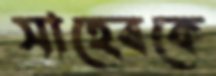
সাহেবকে